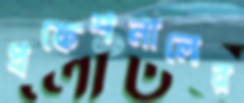
প্রফেশনালের